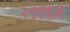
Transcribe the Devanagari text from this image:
२९९६अ